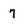
Character: 7